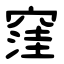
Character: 窪